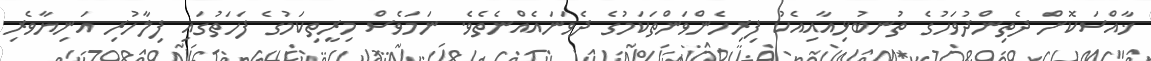
ޚާއްސަކޮށް ދެތިންދުވަހުގެ ތުނބުޅިއާއިއެކު ފިރިހެންވަންތަކަމުގެ ދެވަނައެއްނެތެވެ. ނަމަވެސް މިރީތިކަމުގެ ފަހަތުގައި ފިލާހުރި އަނިޔާވެރި